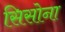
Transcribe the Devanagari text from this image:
सिसोना